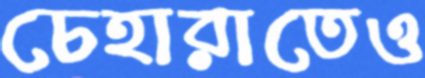
চেহারাতেও